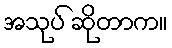
အသုပ် ဆိုတာက။